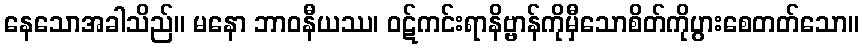
နေသောအခါသိည်။ မနော ဘာဝနီယဿ၊ ဝဋ်ကင်းရာနိဗ္ဗာန်ကိုမှီသောစိတ်ကိုပွားစေတတ်သော။